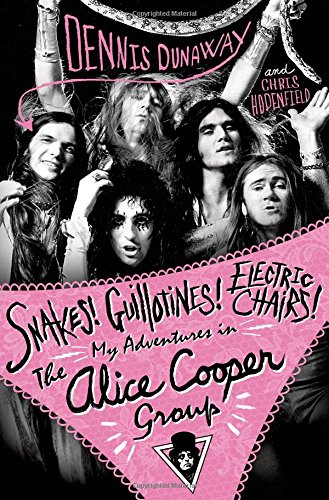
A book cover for Snakes! Guillotines! Electric Chairs!: My Adventures in The Alice Cooper Group; Dennis Dunaway; Arts & Photography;